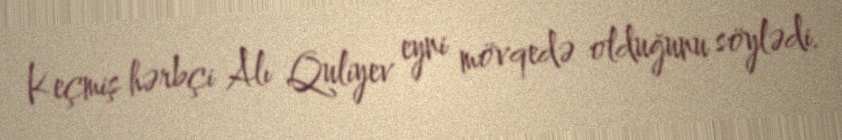
Keçmiş hərbçi Alı Quliyev eyni mövqedə olduğunu söylədi.